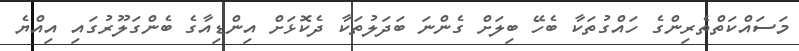
މަސައްކަތްތެރިންގެ ހައްގުތަކާ ބެހޭ ބިލަށް ގެންނަ ބަދަލުތަކާ ދެކޮޅަށް އިންޑިއާގެ ބެންގަލޫރުގައި އިއްޔެ